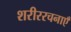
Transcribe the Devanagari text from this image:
शरीररचनाएँ